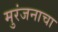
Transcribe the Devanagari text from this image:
मुरंजनाचा